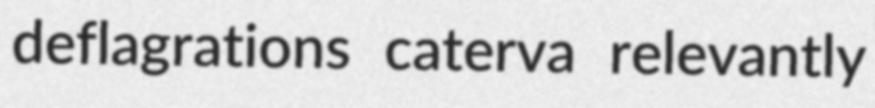
deflagrations caterva relevantly